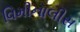
વિમીનાલીસ